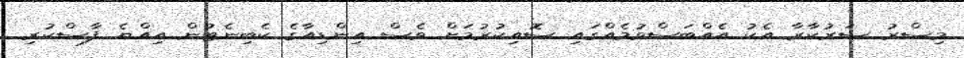
މިސްރު ސަރުކާރާ އެކު އެއްބަސްވުމެއްގައި ސޮއިކުރުމަށް ވެސް އިންޑިއާގެ ކެބިނެޓުން އިއްޔެ ފާސްކުރި